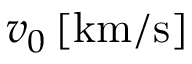
v _ { 0 } \, [ \mathrm { k m } / \mathrm { s } ]